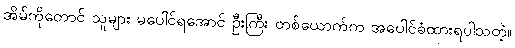
အိမ်ကိုတောင် သူများ မပေါင်ရအောင် ဦးကြီး တစ်ယောက်က အပေါင်ခံထားရပါသတဲ့။